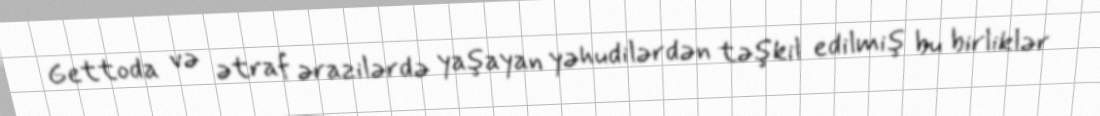
Gettoda və ətraf ərazilərdə yaşayan yəhudilərdən təşkil edilmiş bu birliklər